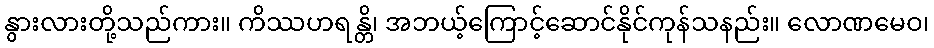
နွားလားတို့သည်ကား။ ကိဿဟရန္တိ၊ အဘယ့်ကြောင့်ဆောင်နိုင်ကုန်သနည်း။ လောဏမေဝ၊